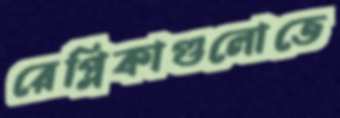
রেপ্লিকাগুলোতে